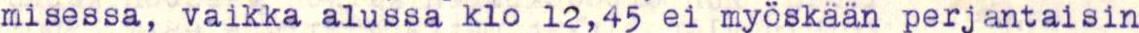
misessa, vaikka alussa klo 12,45 ei myöskään perjantaisin